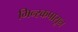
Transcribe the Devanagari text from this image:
मिन्स्कपासून